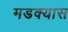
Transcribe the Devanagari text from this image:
मडक्यास